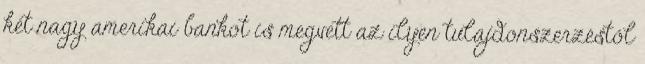
két nagy amerikai bankot is megvett az ilyen tulajdonszerzéstől